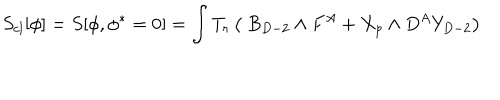
LaTeX: S _ { c l } [ \phi ] = S [ \phi , \phi ^ { * } = 0 ] = \int T _ { r } \left( \ B _ { D - 2 } \wedge F ^ { A } + X _ { p } \wedge D ^ { A } Y _ { D - 2 } \right)